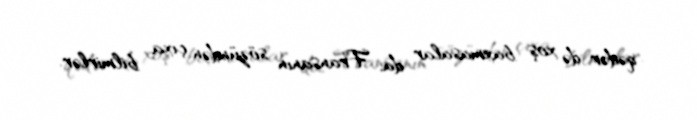
qədər də xoş baxmasalar da, Fransanın sözündən çıxa bilmirlər.